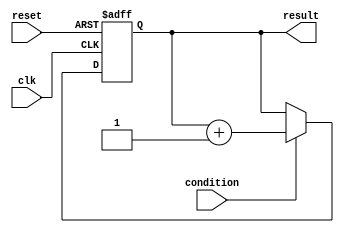
module while_loop_example (
    input wire clk,
    input wire reset,
    input wire condition,
    output reg result
);

always @ (posedge clk or posedge reset) begin
    if (reset) begin
        result <= 0;
    end else begin
        if (condition) begin
            // Sequential block of statements
            result <= result + 1;
        end
    end
end

endmodule